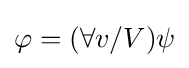
\varphi =(\forall v/V)\psi